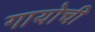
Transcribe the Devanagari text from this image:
गायोची